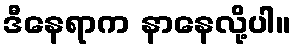
ဒီနေရာက နာနေလို့ပါ။